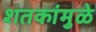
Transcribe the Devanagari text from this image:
शतकांमुळे